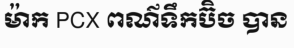
ម៉ាក PCX ពណ៌ទឹកប៊ិច បាន